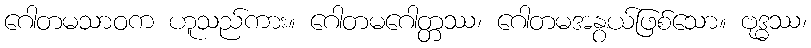
ဂေါတမသာဝက ဟူသည်ကား။ ဂေါတမဂေါတ္တဿ၊ ဂေါတမအနွယ်ဖြစ်သော။ ဗုဒ္ဓဿ၊